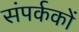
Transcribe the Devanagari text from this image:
संपर्ककों